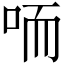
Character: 㖇